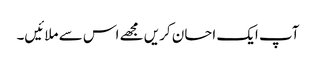
آپ ایک احسان کریں مجھے اس سے ملائیں۔